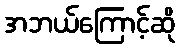
အဘယ်ကြောင့်ဆို